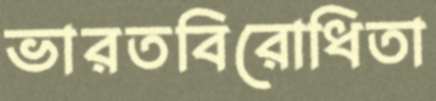
ভারতবিরোধিতা